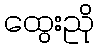
ထွေးညို